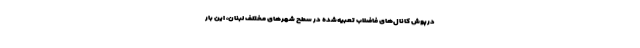
درپوش‌ کانال‌های فاضلاب تعبیه‌شده در سطح شهرهای مختلف لبنان، این بار